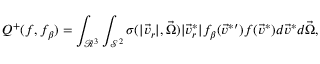
Q ^ { + } ( f , f _ { \beta } ) = \int _ { \mathcal { R } ^ { 3 } } \int _ { \mathcal { S } ^ { 2 } } \sigma ( | \vec { v } _ { r } | , \vec { \Omega } ) | \vec { v } _ { r } ^ { * } | f _ { \beta } ( \vec { v } ^ { * } { } ^ { \prime } ) f ( \vec { v } ^ { * } ) d \vec { v } ^ { * } d \vec { \Omega } ,